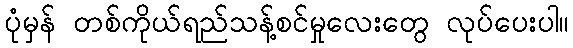
ပုံမှန် တစ်ကိုယ်ရည်သန့်စင်မှုလေးတွေ လုပ်ပေးပါ။